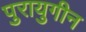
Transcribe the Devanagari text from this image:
पुरायुगीन